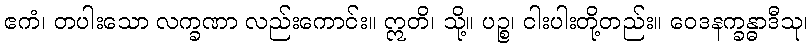
ဧကံ၊ တပါးသော လက္ခဏာ လည်းကောင်း။ ဣတိ၊ သို့။ ပဉ္စ၊ ငါးပါးတို့တည်း။ ဝေဒနက္ခန္ဓာဒီသု၊